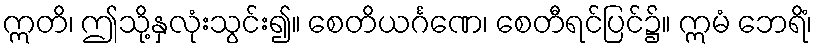
ဣတိ၊ ဤသို့နှလုံးသွင်း၍။ စေတိယင်္ဂဏေ၊ စေတီရင်ပြင်၌။ ဣမံ ဘေရိံ၊